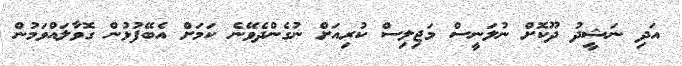
އަދި ނަޝީދު ދޫކޮށް ނުލަނީސް މަޖިލިސް ކުރިއަށް ނުގެންދެވޭނެ ކަމަށް އެބޭފުޅުން ގޮވާލައްވަމުން